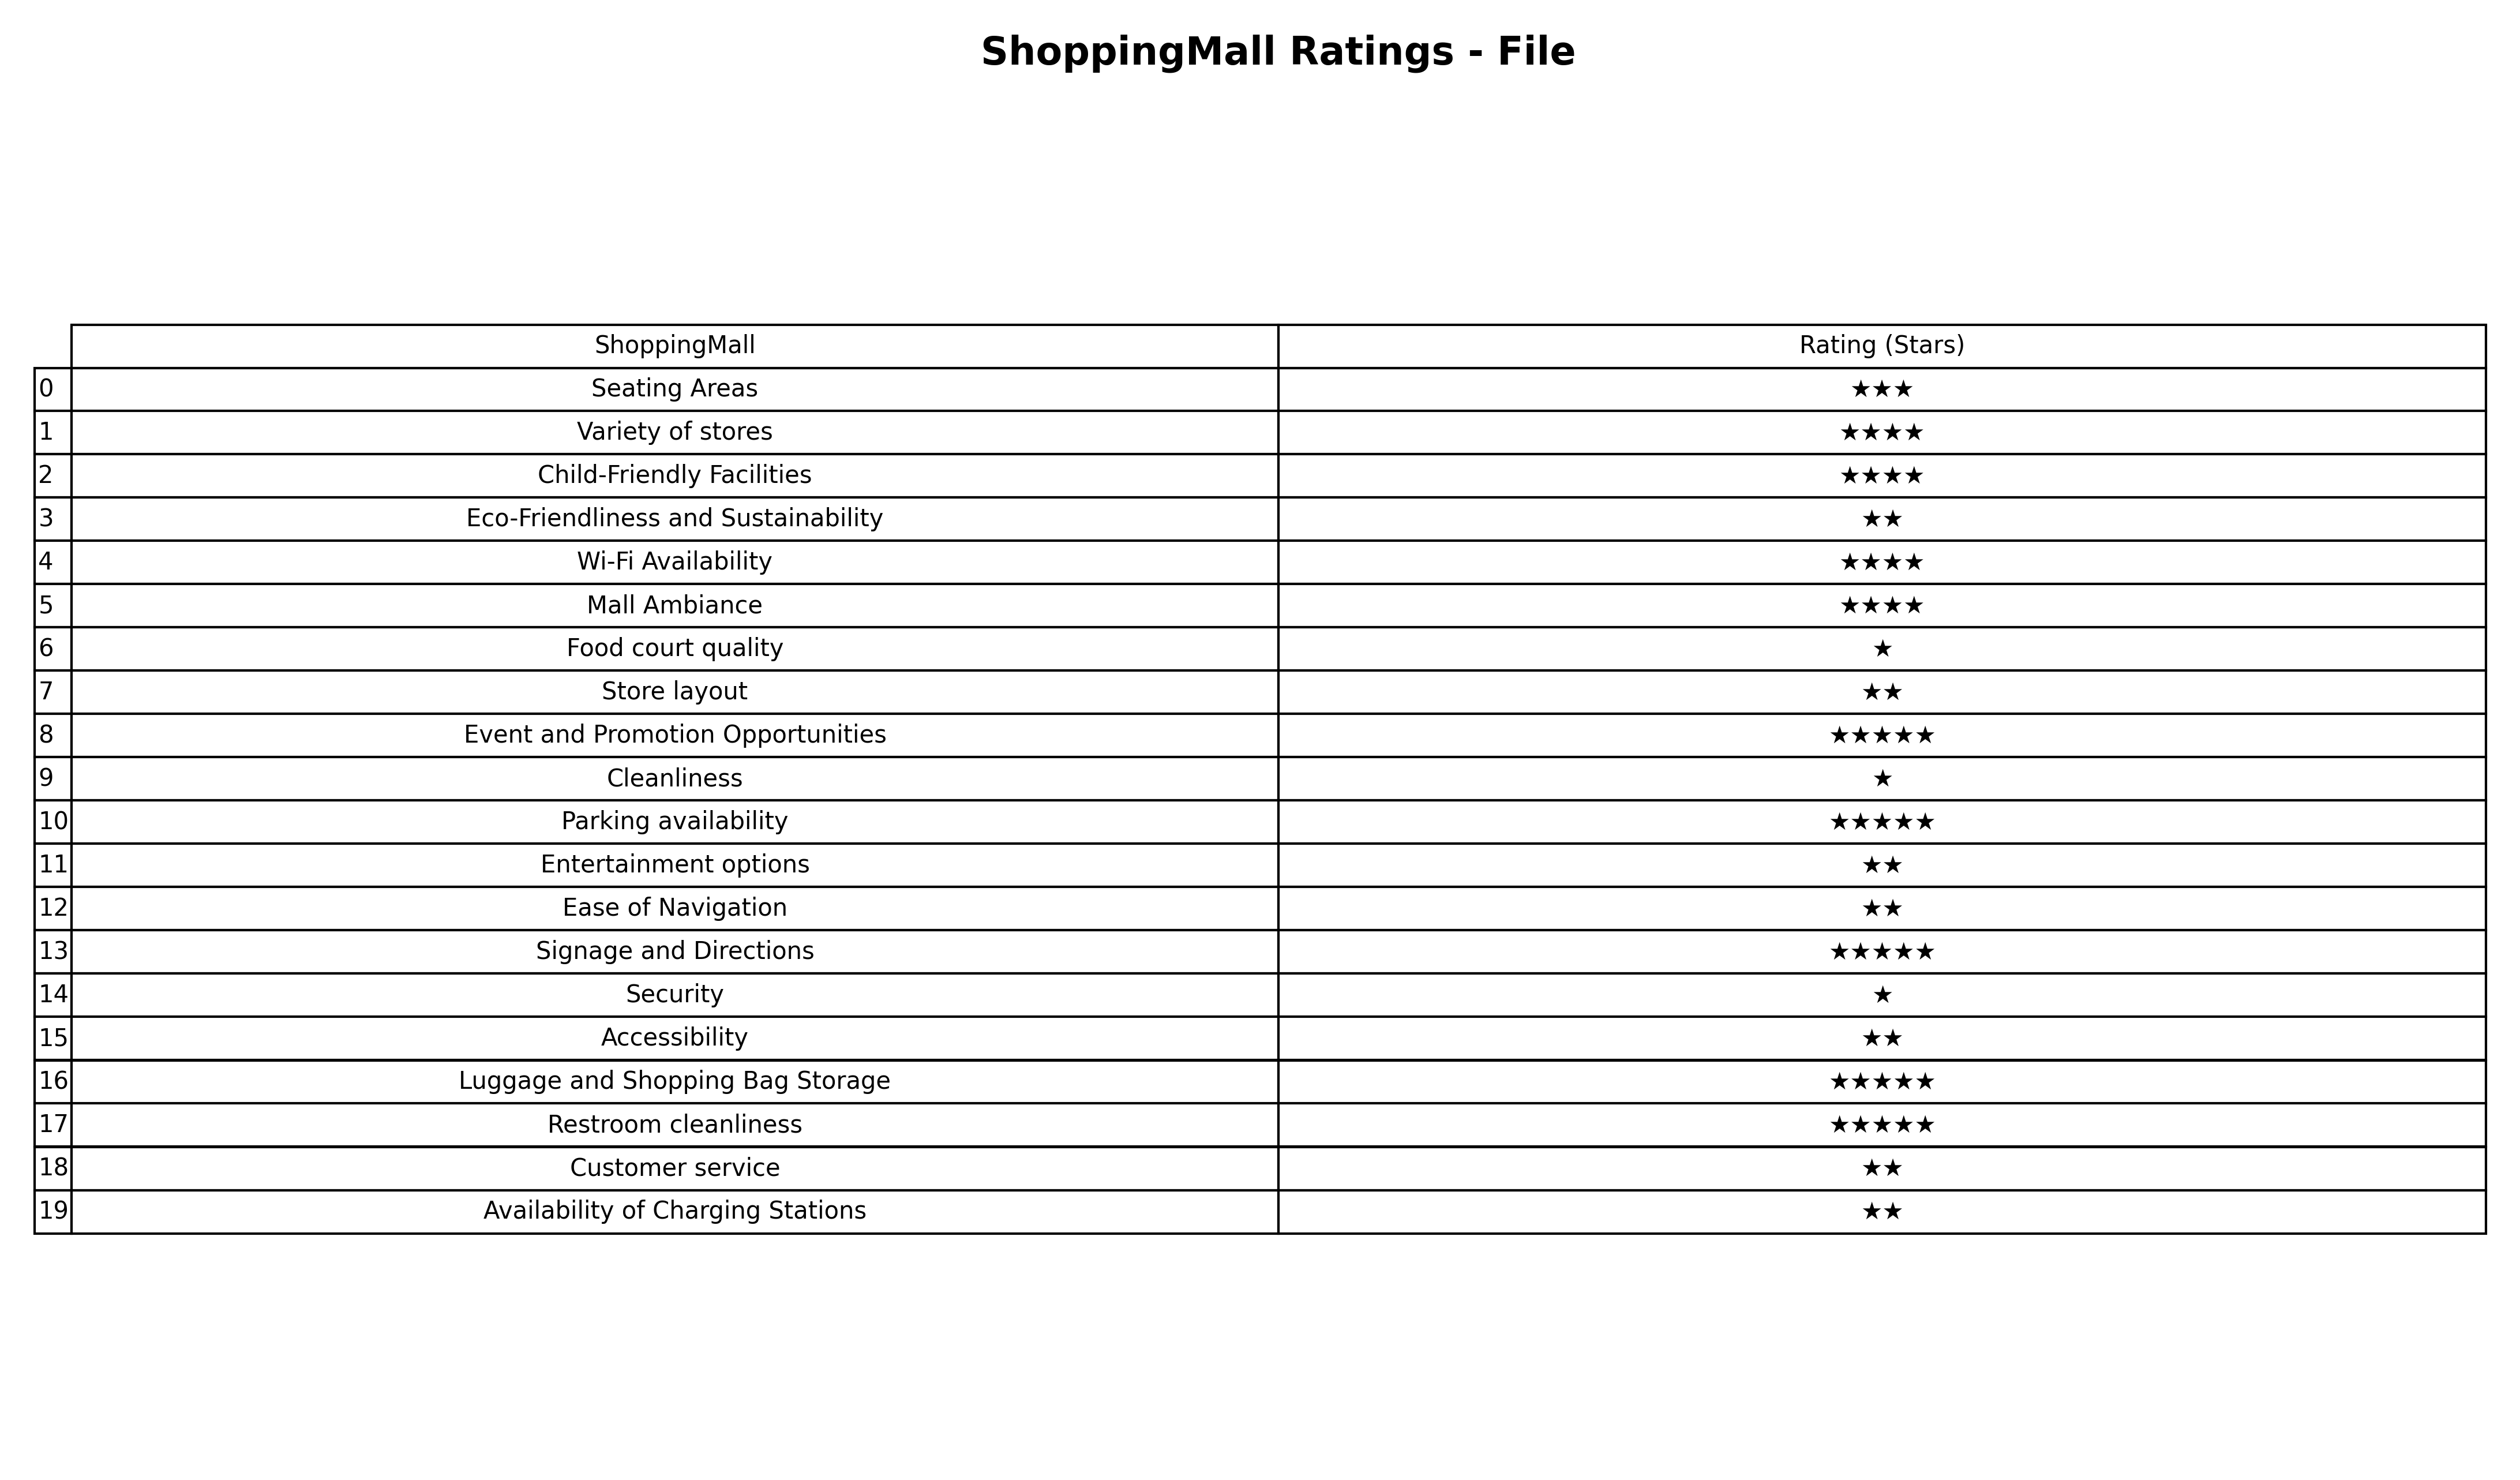
question: What is the rating of Child-Friendly Facilities?
answer: ★★★★